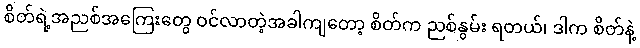
စိတ်ရဲ့အညစ်အကြေးတွေ ဝင်လာတဲ့အခါကျတော့ စိတ်က ညစ်နွမ်း ရတယ်၊ ဒါက စိတ်နဲ့